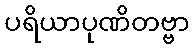
ပရိယာပုဏိတဗ္ဗာ